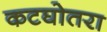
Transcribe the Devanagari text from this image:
कटघोतरा